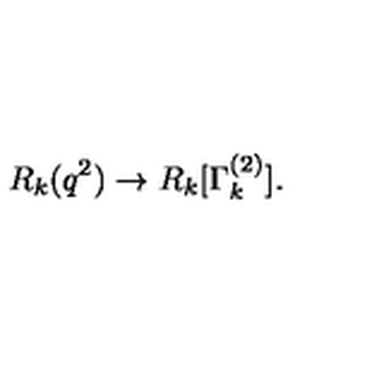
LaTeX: R _ { k } ( q ^ { 2 } ) \to R _ { k } [ \Gamma _ { k } ^ { ( 2 ) } ] .